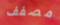
مصفف